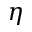
\eta